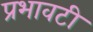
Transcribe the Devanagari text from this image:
प्रभावटी